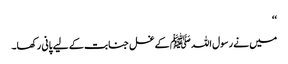
‘‘
میں نے رسول اللہ ﷺ کے غسل جنابت کے لیے پانی رکھا۔